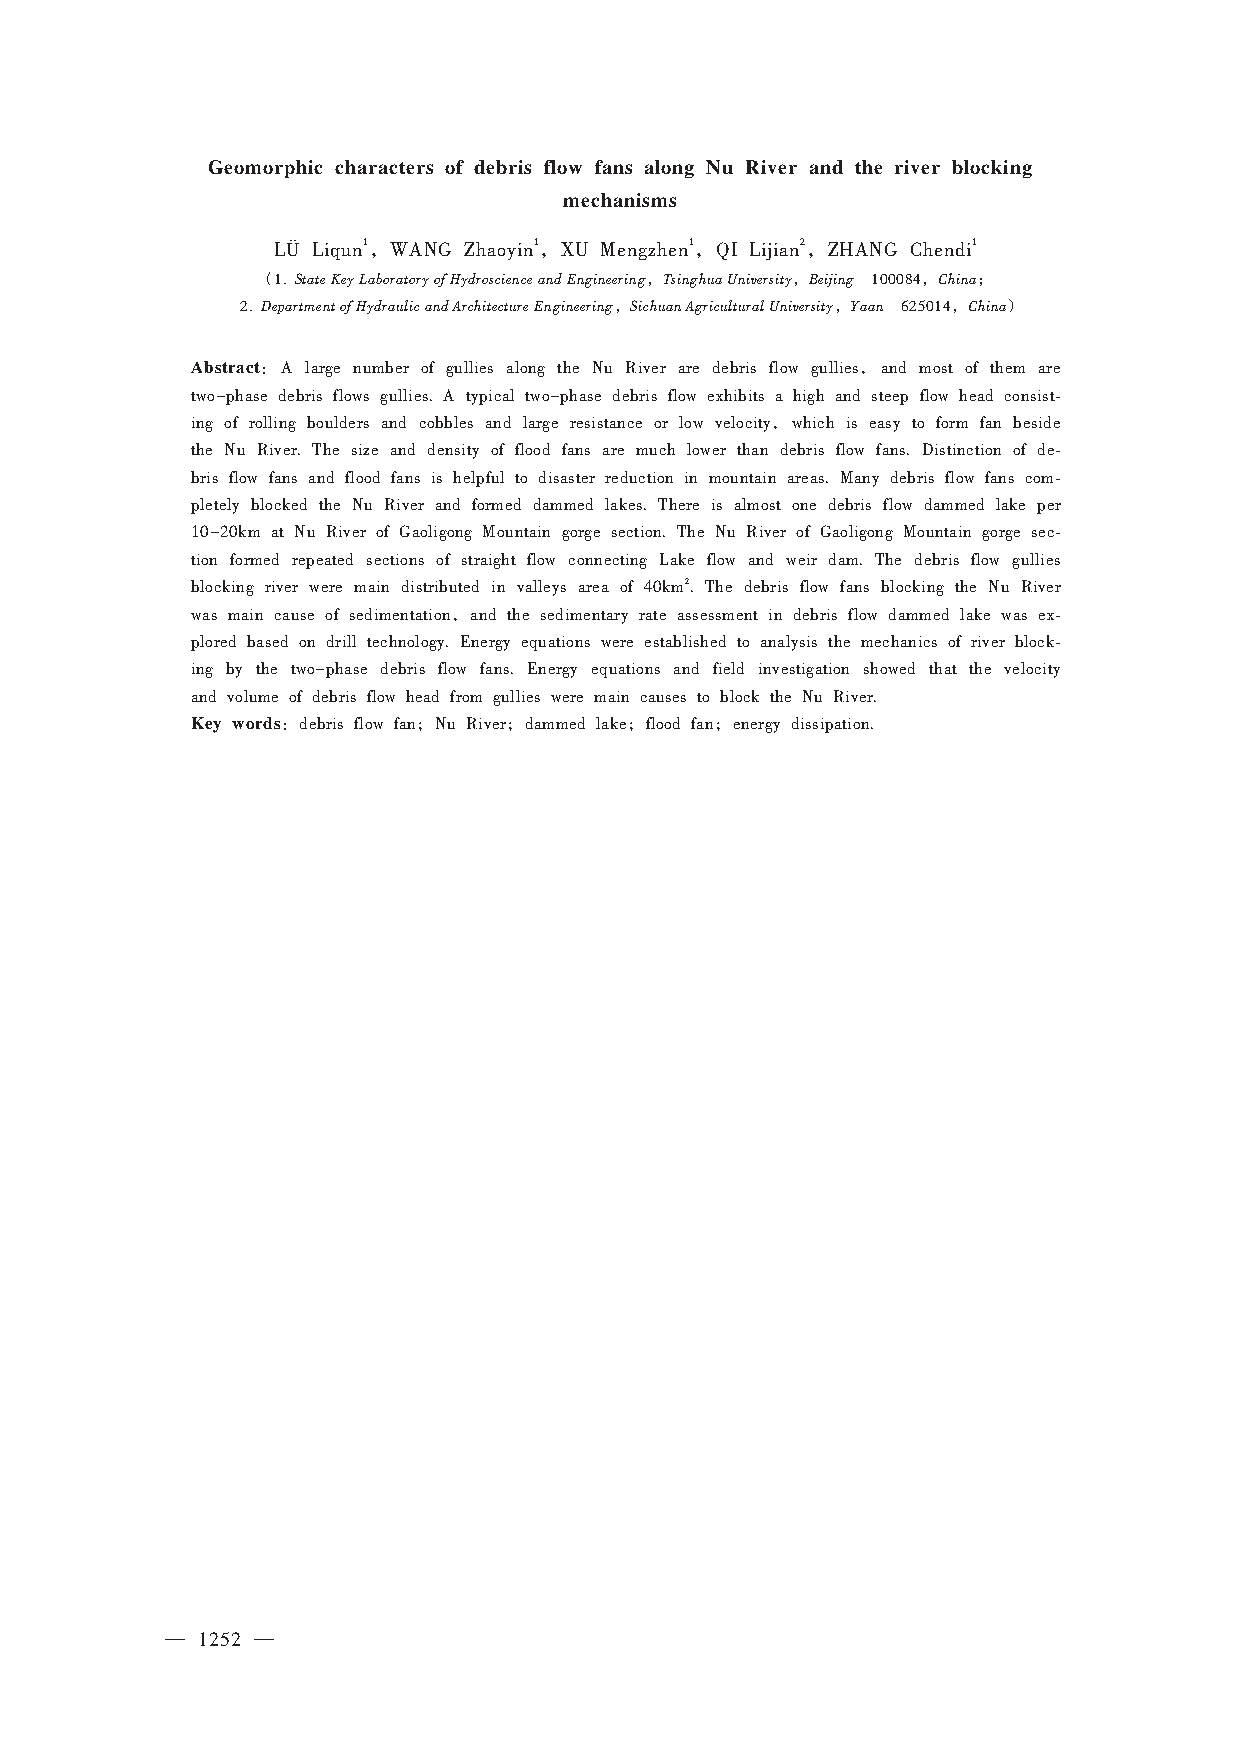
Geomorphic characters of debris flow fans along Nu River and the river blocking
 mechanisms
 1，         1，         1，     2，         1
 LÜ Liqun WANG Zhaoyin XU Mengzhen QI Lijian ZHANG Chendi
 （  StateKeyLaboratoryofHydroscienceandEngineering，TsinghuaUniversity，Beijing ，China；
 1.                                      100084
 DepartmentofHydraulicandArchitectureEngineering，SichuanAgriculturalUniversity，Yaan ，China）
 2.                                          625014
 Abstract：                                   ，
 A large number of gullies along the Nu River are debris flow gullies and most of them are
 two-phase debris flows gullies. A typical two-phase debris flow exhibits a high and steep flow head consist⁃
 ，
 ing of rolling boulders and cobbles and large resistance or low velocity which is easy to form fan beside
 the Nu River. The size and density of flood fans are much lower than debris flow fans. Distinction of de⁃
 bris flow fans and flood fans is helpful to disaster reduction in mountain areas. Many debris flow fans com⁃
 pletely blocked the Nu River and formed dammed lakes. There is almost one debris flow dammed lake per
 10-20km at Nu River of Gaoligong Mountain gorge section. The Nu River of Gaoligong Mountain gorge sec⁃
 tion formed repeated sections of straight flow connecting Lake flow and weir dam. The debris flow gullies
 2
 blocking river were main distributed in valleys area of 40km. The debris flow fans blocking the Nu River
 ，
 was main cause of sedimentation and the sedimentary rate assessment in debris flow dammed lake was ex⁃
 plored based on drill technology. Energy equations were established to analysis the mechanics of river block⁃
 ing by the two-phase debris flow fans. Energy equations and field investigation showed that the velocity
 and volume of debris flow head from gullies were main causes to block the Nu River.
 Key words：     ；    ；       ；     ；
 debris flow fan Nu River dammed lake flood fan energy dissipation.
 — 1252 —